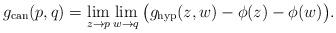
LaTeX: \begin{align*}g_{\mathrm{can}}(p,q)= \lim_{z\rightarrow p}\lim_{w\rightarrow q}\big(g_{\mathrm{hyp}}(z,w)-\phi(z)-\phi(w)\big).\end{align*}